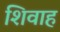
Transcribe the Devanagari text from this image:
शिवाह